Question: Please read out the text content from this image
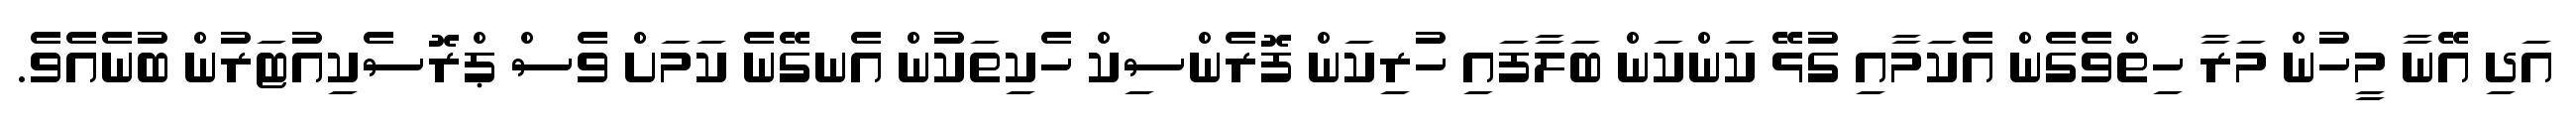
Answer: އަދި އޭނާ މީހުން މަރާ ހިތްވެގެން އެކަމާއި ގުޅޭ ކަންކަން ބަލާފައި ހުރިކަން ފޮރެންސިކް ހެކިތަކުން އެނގޭނެ ކަމަށް ވެސް ޕްރޮސެކިއުޓަރުން ބުނެއެވެ.